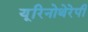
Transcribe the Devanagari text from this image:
यूरिनोथेरेपी